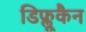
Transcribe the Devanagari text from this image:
डिफ्लूकैन